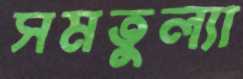
সমতুল্যা